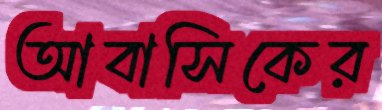
আবাসিকের